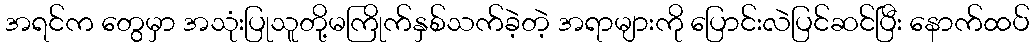
အရင်က တွေမှာ အသုံးပြုသူတို့မကြိုက်နှစ်သက်ခဲ့တဲ့ အရာများကို ပြောင်းလဲပြင်ဆင်ပြီး နောက်ထပ်